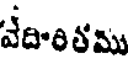
వేదాంతము